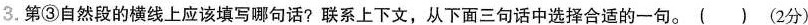
3.第③自然段的横线上应该填写哪句话?联系上下文，从下面三句话中选择合适的一句。()(2分)